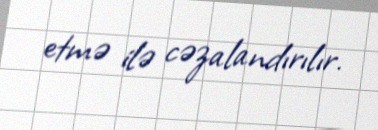
etmə ilə cəzalandırılır.